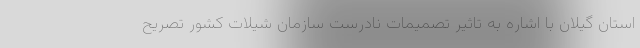
استان گیلان با اشاره به تاثیر تصمیمات نادرست سازمان شیلات کشور تصریح